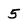
Character: 5